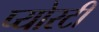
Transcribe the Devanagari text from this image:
प्योरटी